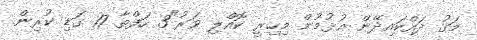
މަގު ދައްކައިދޭން އުޅުމުން މިހިރީ ކޮއްލި ވަރު"3 ހަފްތާ 17 ގަޑި ކުރިން.